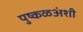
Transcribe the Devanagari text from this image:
पुष्कळअंशी